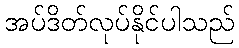
အပ်ဒိတ်လုပ်နိုင်ပါသည်